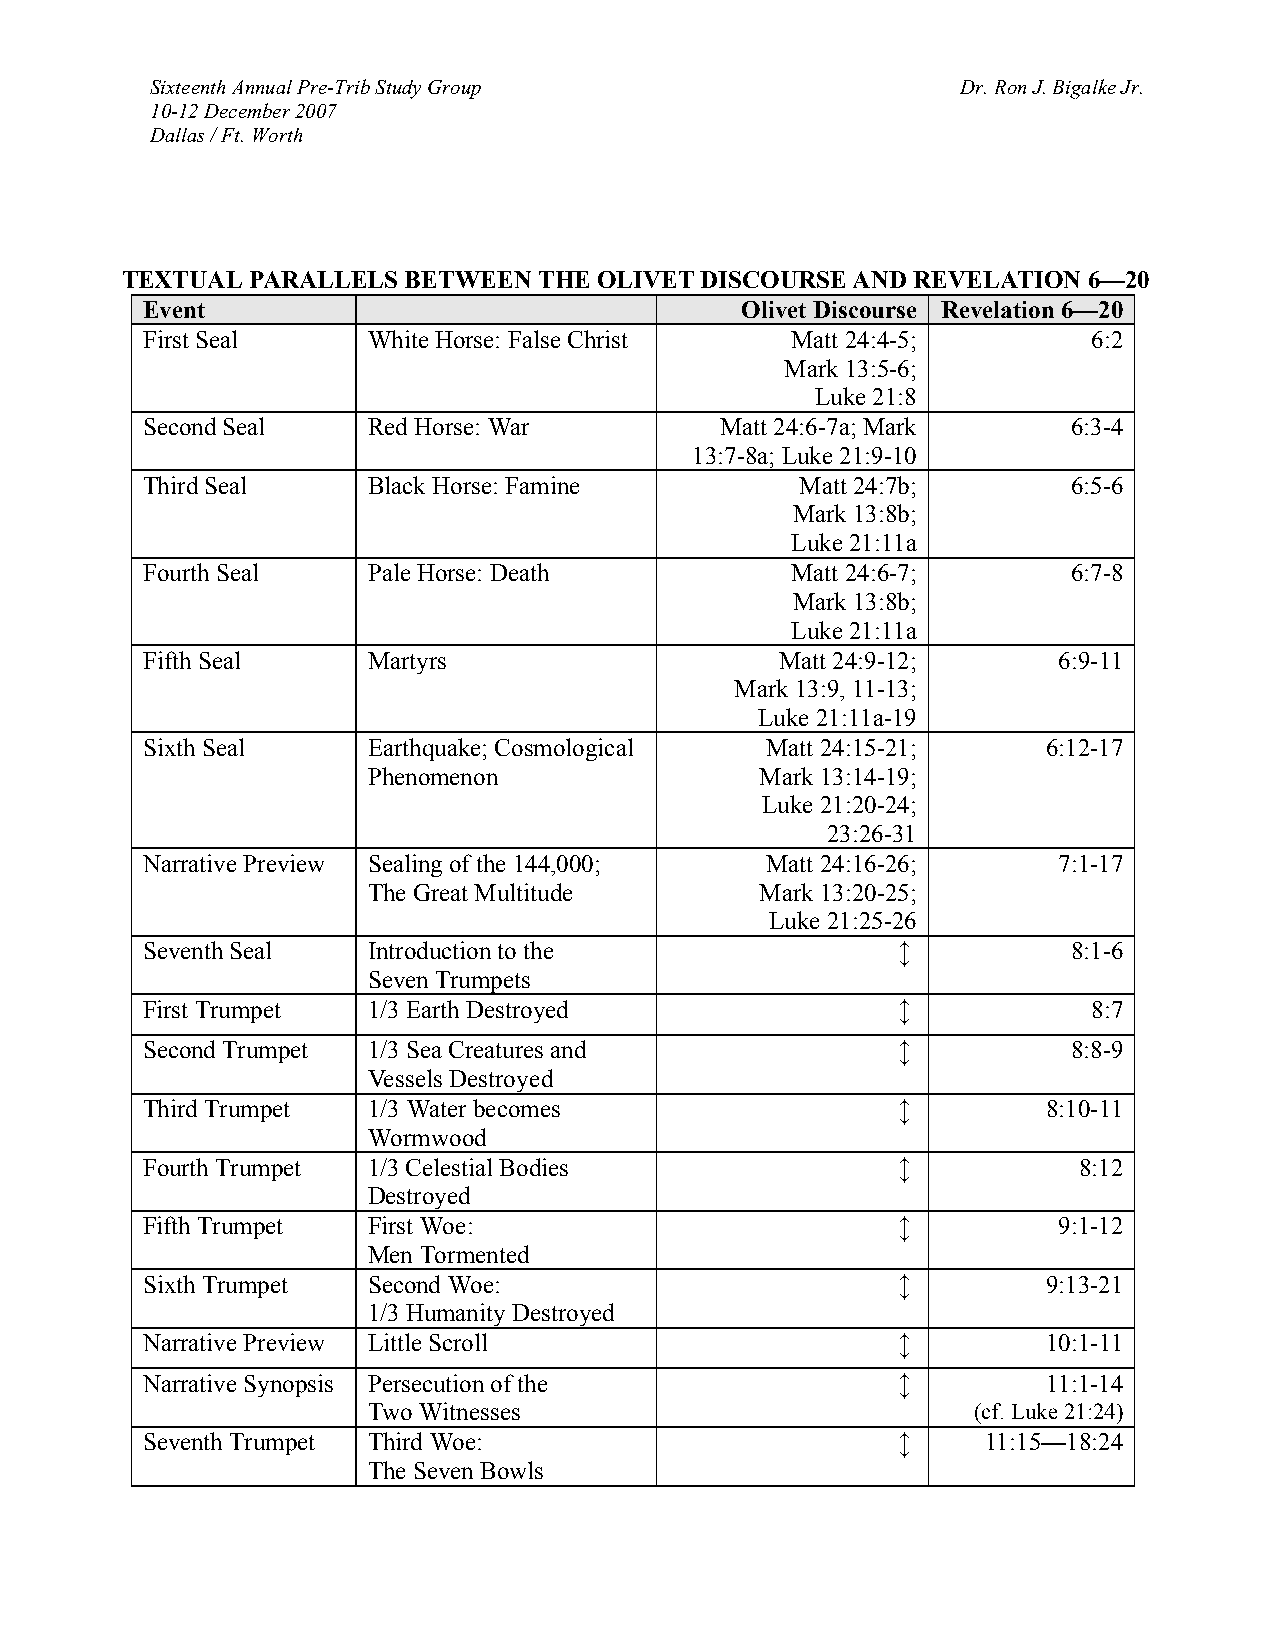
Sixteenth Annual Pre-Trib Study Group                 Dr. Ron J. Bigalke Jr.
 10-12 December 2007
 Dallas / Ft. Worth
 TEXTUAL  PARALLELS BETWEEN  THE OLIVET DISCOURSE AND REVELATION 6—20
 Event                                   Olivet Discourse Revelation 6—20
 First Seal     White Horse: False Christ   Matt 24:4-5;        6:2
 Mark 13:5-6;
 Luke 21:8
 Second Seal    Red Horse: War          Matt 24:6-7a; Mark     6:3-4
 13:7-8a; Luke 21:9-10
 Third Seal     Black Horse: Famine          Matt 24:7b;       6:5-6
 Mark 13:8b;
 Luke 21:11a
 Fourth Seal    Pale Horse: Death           Matt 24:6-7;       6:7-8
 Mark 13:8b;
 Luke 21:11a
 Fifth Seal     Martyrs                     Matt 24:9-12;     6:9-11
 Mark 13:9, 11-13;
 Luke 21:11a-19
 Sixth Seal     Earthquake; Cosmological   Matt 24:15-21;    6:12-17
 Phenomenon                Mark 13:14-19;
 Luke 21:20-24;
 23:26-31
 Narrative Preview Sealing of the 144,000; Matt 24:16-26;     7:1-17
 The Great Multitude       Mark 13:20-25;
 Luke 21:25-26
 Seventh Seal   Introduction to the
 ↕
 8:1-6
 Seven Trumpets
 First Trumpet  1/3 Earth Destroyed
 ↕
 8:7
 Second Trumpet 1/3 Sea Creatures and
 ↕
 8:8-9
 Vessels Destroyed
 Third Trumpet  1/3 Water becomes
 ↕
 8:10-11
 Wormwood
 Fourth Trumpet 1/3 Celestial Bodies
 ↕
 8:12
 Destroyed
 Fifth Trumpet  First Woe:
 ↕
 9:1-12
 Men Tormented
 Sixth Trumpet  Second Woe:
 ↕
 9:13-21
 1/3 Humanity Destroyed
 Narrative Preview Little Scroll
 ↕
 10:1-11
 Narrative Synopsis Persecution of the
 ↕
 11:1-14
 Two Witnesses                           (cf. Luke 21:24)
 Seventh Trumpet Third Woe:
 ↕
 11:15—18:24
 The Seven Bowls